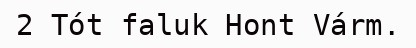
2 Tót faluk Hont Várm.